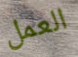
العمل